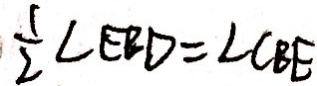
\frac { 1 } { 2 } \angle E B D = \angle C B E